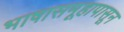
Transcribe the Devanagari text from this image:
भाषासमूहापासून